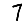
Digit: 7